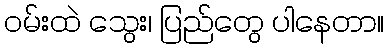
ဝမ်းထဲ သွေး၊ ပြည်တွေ ပါနေတာ။